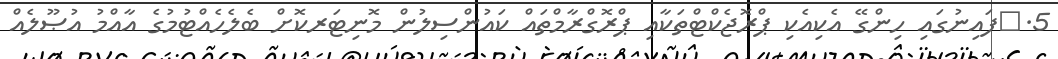
5.	ފައިނުގައި ހިންގޭ އެކިއެކި ޕްރޮޖެކްޓްތަކާއި ޕްރޮގްރާމްތައް ކައުންސިލުން މޮނިޓަރކޮށް ބެލެހެއްޓުމުގެ އާއްމު އުޞޫލެއް